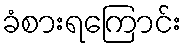
ခံစားရကြောင်း